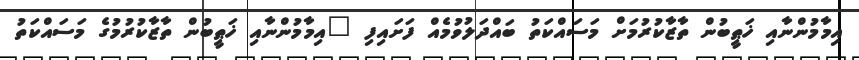
އިމާމުންނާއި ޚަޠީބުން ތާޒާކުރުމަށް މަސައްކަތު ބައްދަލުވުމެއް ފަށައިފި "އިމާމުންނާއި ޚަޠީބުން ތާޒާކުރުމުގެ މަސައްކަތު